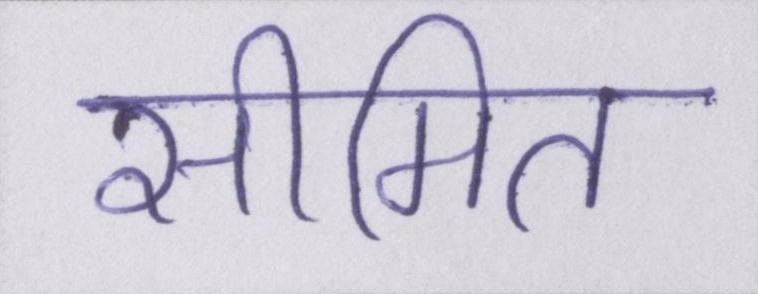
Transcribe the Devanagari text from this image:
सीमित